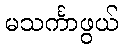
မသင်္ကာဖွယ်